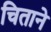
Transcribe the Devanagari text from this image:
चिताने